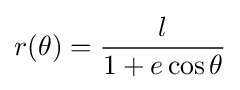
r(\theta )={l \over 1+e\cos \theta }